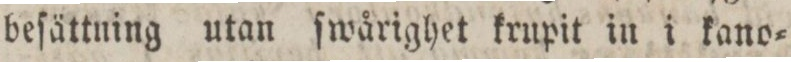
beſättning utan ſwårighet krupit in i kano=